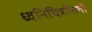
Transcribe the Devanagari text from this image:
ध्वनिचित्रफिती